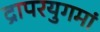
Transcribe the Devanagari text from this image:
द्रापरयुगमां